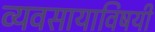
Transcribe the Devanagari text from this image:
व्यवसायाविषयी